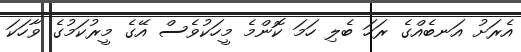
އެރަށު އަނބެއްގެ ރަހަ ބެލި ހަމަ ކޮންމެ މީހަކުވެސް އޭގެ މީރުކަމުގެ ވާހަކަ